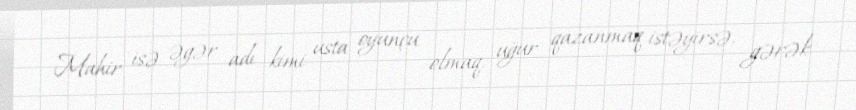
Mahir isə əgər adı kimi usta oyunçu olmaq, uğur qazanmaq istəyirsə, gərək